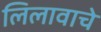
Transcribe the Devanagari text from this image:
लिलावाचे